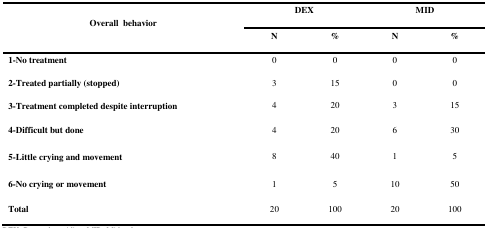
<table><thead><tr><td rowspan="3"><b>Overall behavior</b></td><td colspan="2"><b>DEX</b></td><td colspan="2"><b>MID</b></td></tr><tr><td><b>N</b></td><td><b>%</b></td><td><b>N</b></td><td><b>%</b></td></tr></thead><tbody><tr><td><b>1-No treatment</b></td><td>0</td><td>0</td><td>0</td><td>0</td></tr><tr><td><b>2-Treated partially (stopped)</b></td><td>3</td><td>15</td><td>0</td><td>0</td></tr><tr><td><b>3-Treatment completed despite interruption</b></td><td>4</td><td>20</td><td>3</td><td>15</td></tr><tr><td><b>4-Difficult but done</b></td><td>4</td><td>20</td><td>6</td><td>30</td></tr><tr><td><b>5-Little crying and movement</b></td><td>8</td><td>40</td><td>1</td><td>5</td></tr><tr><td><b>6-No crying or movement</b></td><td>1</td><td>5</td><td>10</td><td>50</td></tr><tr><td><b>Total</b></td><td>20</td><td>100</td><td>20</td><td>100</td></tr></tbody></table>